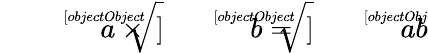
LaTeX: {\sqrt[[objectObject]]{a}}\times{\sqrt[[objectObject]]{b}}={\sqrt[[objectObject]]{ab}}